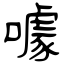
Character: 噱